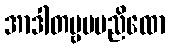
အာဒါတဗ္ဗမမညိထော